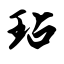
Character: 玷